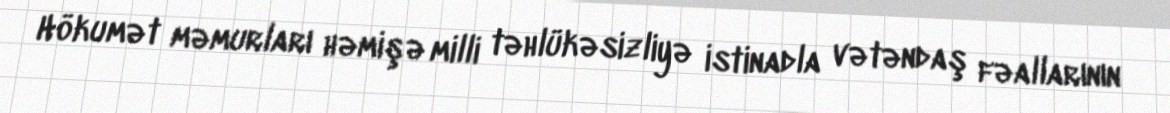
Hökumət məmurları həmişə milli təhlükəsizliyə istinadla vətəndaş fəallarının